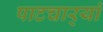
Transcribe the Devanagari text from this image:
पाटचार्‍यां